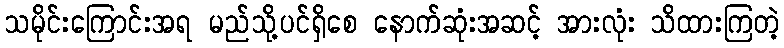
သမိုင်းကြောင်းအရ မည်သို့ပင်ရှိစေ နောက်ဆုံးအဆင့် အားလုံး သိထားကြတဲ့